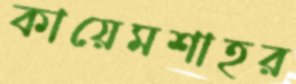
কায়েমশাহর